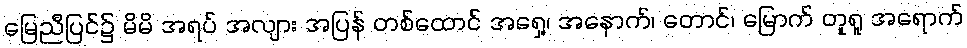
မြေညီပြင်၌ မိမိ အရပ် အလျား အပြန် တစ်ထောင် အရှေ့၊ အနောက်၊ တောင်၊ မြောက် တူရူ အရောက်